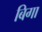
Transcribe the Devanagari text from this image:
बिगा